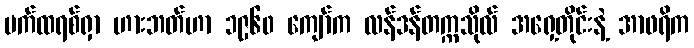
ပက်ထရစ်ရှာ ဟားဘတ်ဟာ ၁၉၆၀ ကျော်က လန်ဒန်တက္ကသိုလ် အရှေ့တိုင်းနဲ့ အာဖရိက